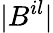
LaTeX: |B^{il}|